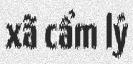
xã cẩm lý